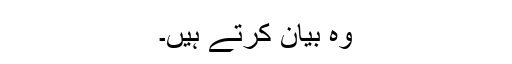
وہ بیان کرتے ہیں۔